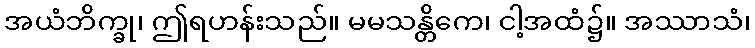
အယံဘိက္ခု၊ ဤရဟန်းသည်။ မမသန္တိကေ၊ ငါ့အထံ၌။ အဿာသံ၊